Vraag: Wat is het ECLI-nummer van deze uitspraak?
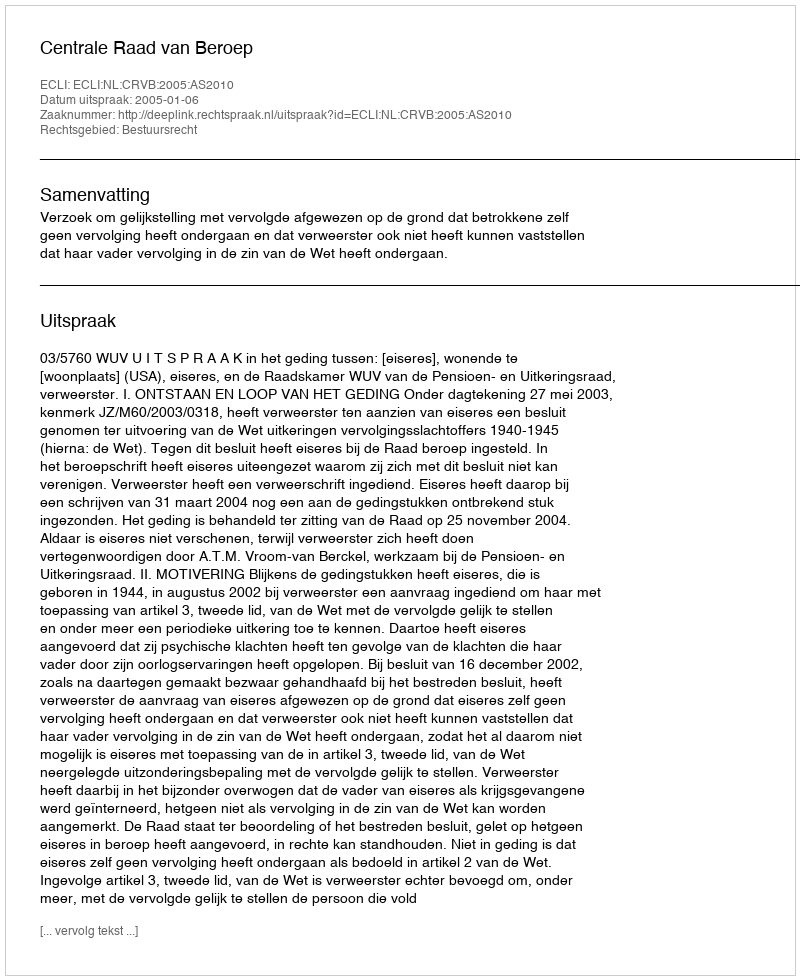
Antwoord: ECLI:NL:CRVB:2005:AS2010